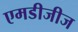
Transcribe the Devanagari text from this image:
एमडीजीज